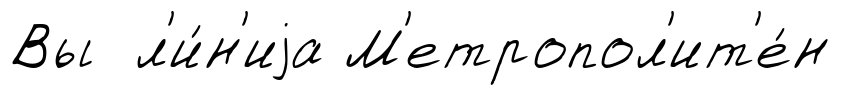
Вы л'и́н'иjа М'етропол'ит'е́н